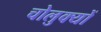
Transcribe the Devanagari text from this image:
चोलुक्यों